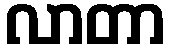
လာတာ